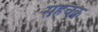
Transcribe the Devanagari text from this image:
सहचक्र